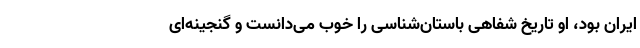
ایران بود، او تاریخ شفاهی باستان‌شناسی را خوب می‌دانست و گنجینه‌ای